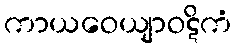
ကာယဝေယျာဝဋိကံ